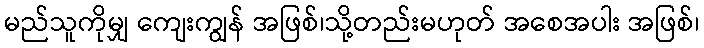
မည်သူကိုမျှ ကျေးကျွန် အဖြစ်၊သို့တည်းမဟုတ် အစေအပါး အဖြစ်၊